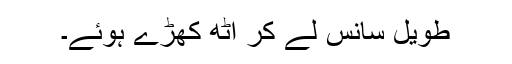
طویل سانس لے کر اٹھ کھڑے ہوئے۔